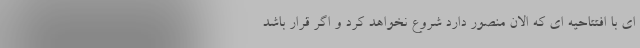
ای با افتتاحیه ای که الان منصور دارد شروع نخواهد کرد و اگر قرار باشد